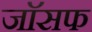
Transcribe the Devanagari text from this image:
जाॅसफ